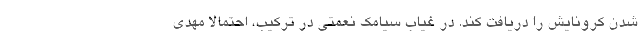
شدن کرونایش را دریافت کند. در غیاب سیامک نعمتی در ترکیب، احتمالا مهدی